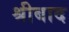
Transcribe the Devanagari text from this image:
श्रीबाद